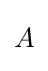
{\begin{matrix}A\end{matrix}}